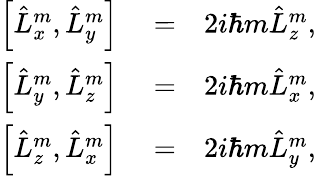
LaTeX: \begin{array}{rlr}{\left[\hat{L}_{x}^{m},\hat{L}_{y}^{m}\right]}&{{}=}&{2i\hbar m\hat{L}_{z}^{m},}\\ {\left[\hat{L}_{y}^{m},\hat{L}_{z}^{m}\right]}&{{}=}&{2i\hbar m\hat{L}_{x}^{m},}\\ {\left[\hat{L}_{z}^{m},\hat{L}_{x}^{m}\right]}&{{}=}&{2i\hbar m\hat{L}_{y}^{m},}\end{array}